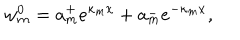
LaTeX: w _ { m } ^ { 0 } = a _ { m } ^ { + } e ^ { \kappa _ { m } x } + a _ { m } ^ { - } e ^ { - \kappa _ { m } x } ,